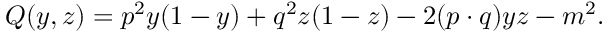
Q ( y , z ) = p ^ { 2 } y ( 1 - y ) + q ^ { 2 } z ( 1 - z ) - 2 ( p \cdot q ) y z - m ^ { 2 } .